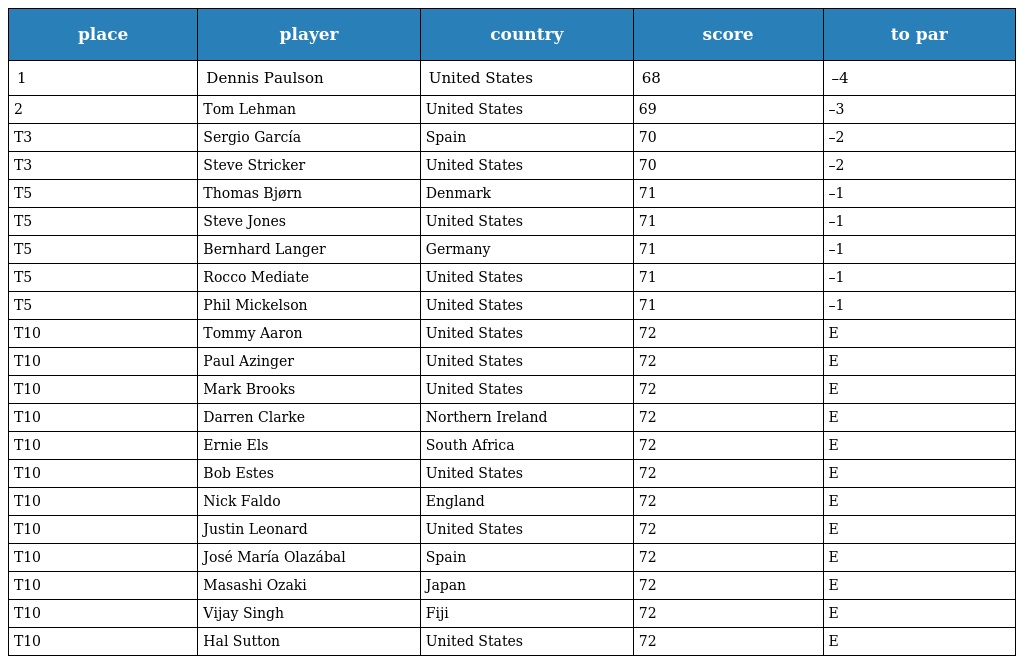
| place | player | country | score | to par |
 | --- | --- | --- | --- | --- |
 | 1 | Dennis Paulson | United States | 68 | –4 |
 | 2 | Tom Lehman | United States | 69 | –3 |
 | T3 | Sergio García | Spain | 70 | –2 |
 | T3 | Steve Stricker | United States | 70 | –2 |
 | T5 | Thomas Bjørn | Denmark | 71 | –1 |
 | T5 | Steve Jones | United States | 71 | –1 |
 | T5 | Bernhard Langer | Germany | 71 | –1 |
 | T5 | Rocco Mediate | United States | 71 | –1 |
 | T5 | Phil Mickelson | United States | 71 | –1 |
 | T10 | Tommy Aaron | United States | 72 | E |
 | T10 | Paul Azinger | United States | 72 | E |
 | T10 | Mark Brooks | United States | 72 | E |
 | T10 | Darren Clarke | Northern Ireland | 72 | E |
 | T10 | Ernie Els | South Africa | 72 | E |
 | T10 | Bob Estes | United States | 72 | E |
 | T10 | Nick Faldo | England | 72 | E |
 | T10 | Justin Leonard | United States | 72 | E |
 | T10 | José María Olazábal | Spain | 72 | E |
 | T10 | Masashi Ozaki | Japan | 72 | E |
 | T10 | Vijay Singh | Fiji | 72 | E |
 | T10 | Hal Sutton | United States | 72 | E |